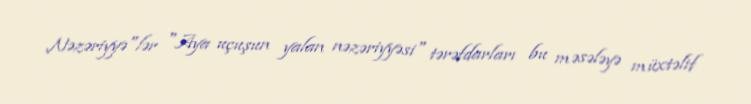
Nəzəriyyə"lər "Aya uçuşun yalan nəzəriyyəsi" tərəfdarları bu məsələyə müxtəlif